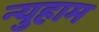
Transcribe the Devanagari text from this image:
न्युहाम